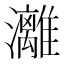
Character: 灕